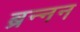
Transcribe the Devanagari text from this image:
ब्रन्नन